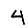
Digit: 4